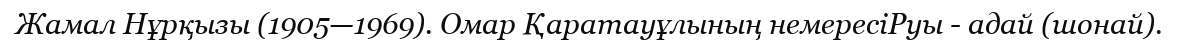
Жамал Нұрқызы (1905—1969). Омар Қаратауұлының немересіРуы - адай (шонай).